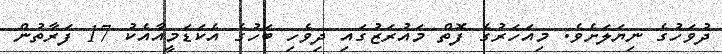
ދުވަހުގެ ނިޔަލަށެވެ. މިއަހަރުގެ ފޮތް މައުރަޒުގައި ދިވެހި ބަހުގެ އެކަޑަމީއާއެކު 17 ފަރާތުން